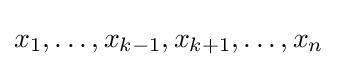
x_{1},\ldots ,x_{k-1},x_{k+1},\ldots ,x_{n}